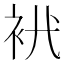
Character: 𧘵